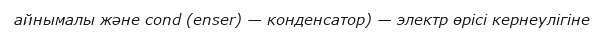
айнымалы және cond (enser) — конденсатор) — электр өрісі кернеулігіне